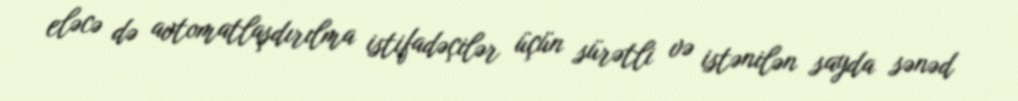
eləcə də avtomatlaşdırılma istifadəçilər üçün sürətli və istənilən sayda sənəd